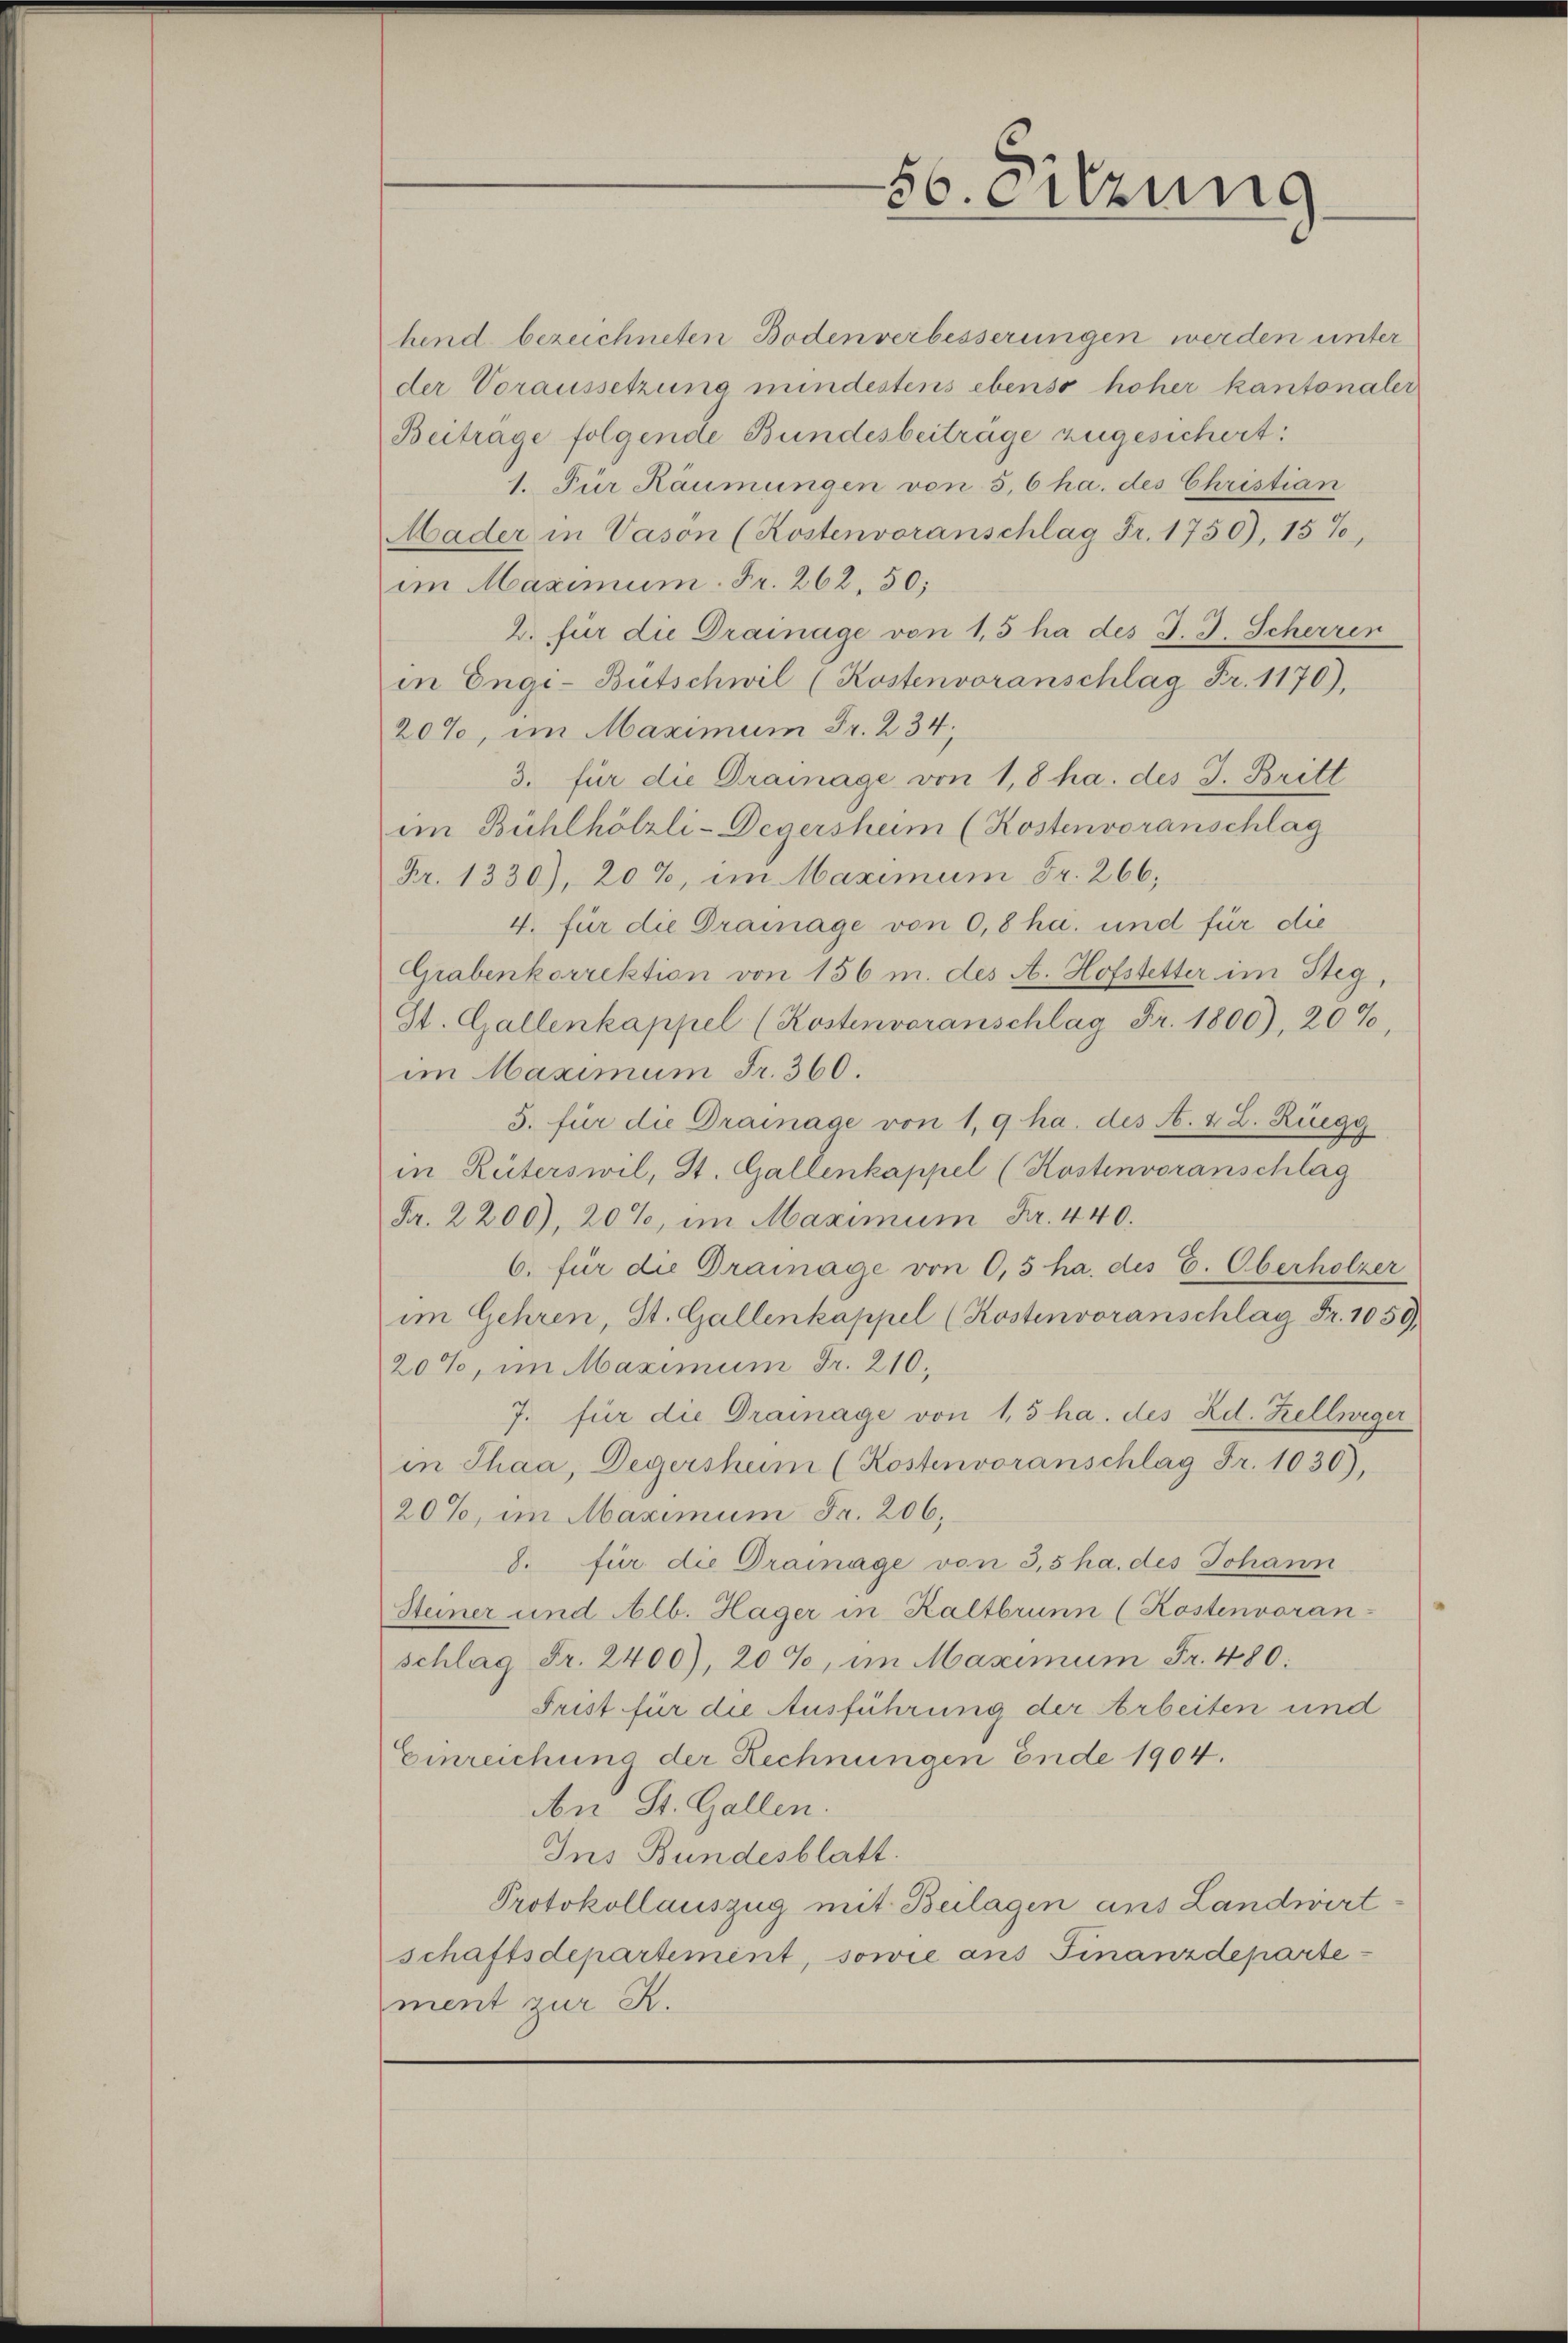
5
20. Sitzung

hend bezeichneten Bodenverbesserungen werden unter
der Voraussetzung mindestens ebenso hoher kantonaler
Beitrage folgende Bundesbeitrage zugesichert:
1. Für Häumungen von 5,6 ha. des Christian
Mader in Vason (Kostenvoranschlag Fr. 1750), 15%
im Maximum. Fr. 262, 50;
2. für die Drainage von 1,5 ha des J. J. Scherren
in Engi-Bütschwil (Kostenvoranschlag Fr. 1170).
20%, im Maximum Fr. 234,
3. für die Drainage von 1,8 ha. des J. Britt
im Bühlhölzli-Degersheim (Kostenvoranschlag
Fr. 1330), 20%, im Maximum Fr. 266,
4. für die Drainage von 0,8 ha. und für die
Grabenkorrektion von 156 m. des A. Hofstetter im Steg,
St. Gallenkappel (Kostenvoranschlag Fr. 1800), 20%,
im Maximum Fr. 360.
5. für die Drainage von 1,9 ha. des A. L. Rüegg
in Rüterswil, St. Gallenkappel (Kostenvoranschlag
Fr. 2200), 20%, im Maximum Fr. 440.
6. für die Drainage von 0,5 ha. des C. Oberholzer
im Gehren, St. Gallenkappel (Kostenvoranschlag Fr. 1059.
20%, im Maximum Fr. 210.
7. für die Drainage von 1,5 ha. des Ad. Kellweger
in Thaa, Degershum (Kostenvoranschlag Fr. 1030),
20%, im Maximum Fr. 206,
8. für die Drainage von 3,5 ha. des Johann
Steiner und Alb. Hager in Kaltbrunn (Kostenvoran-
schlag Fr. 2400), 20%, im Maximum Fr. 480:
Frist für die Ausführung der Arbeiten und
Einreichung der Rechnungen Ende 1904.
An St. Gallen.
Ins Bundesblatt.
Protokollauszug mit Beilagen aus Landwirt-
schaftsdepartement, sowie aus Finanzdepartement zur R.